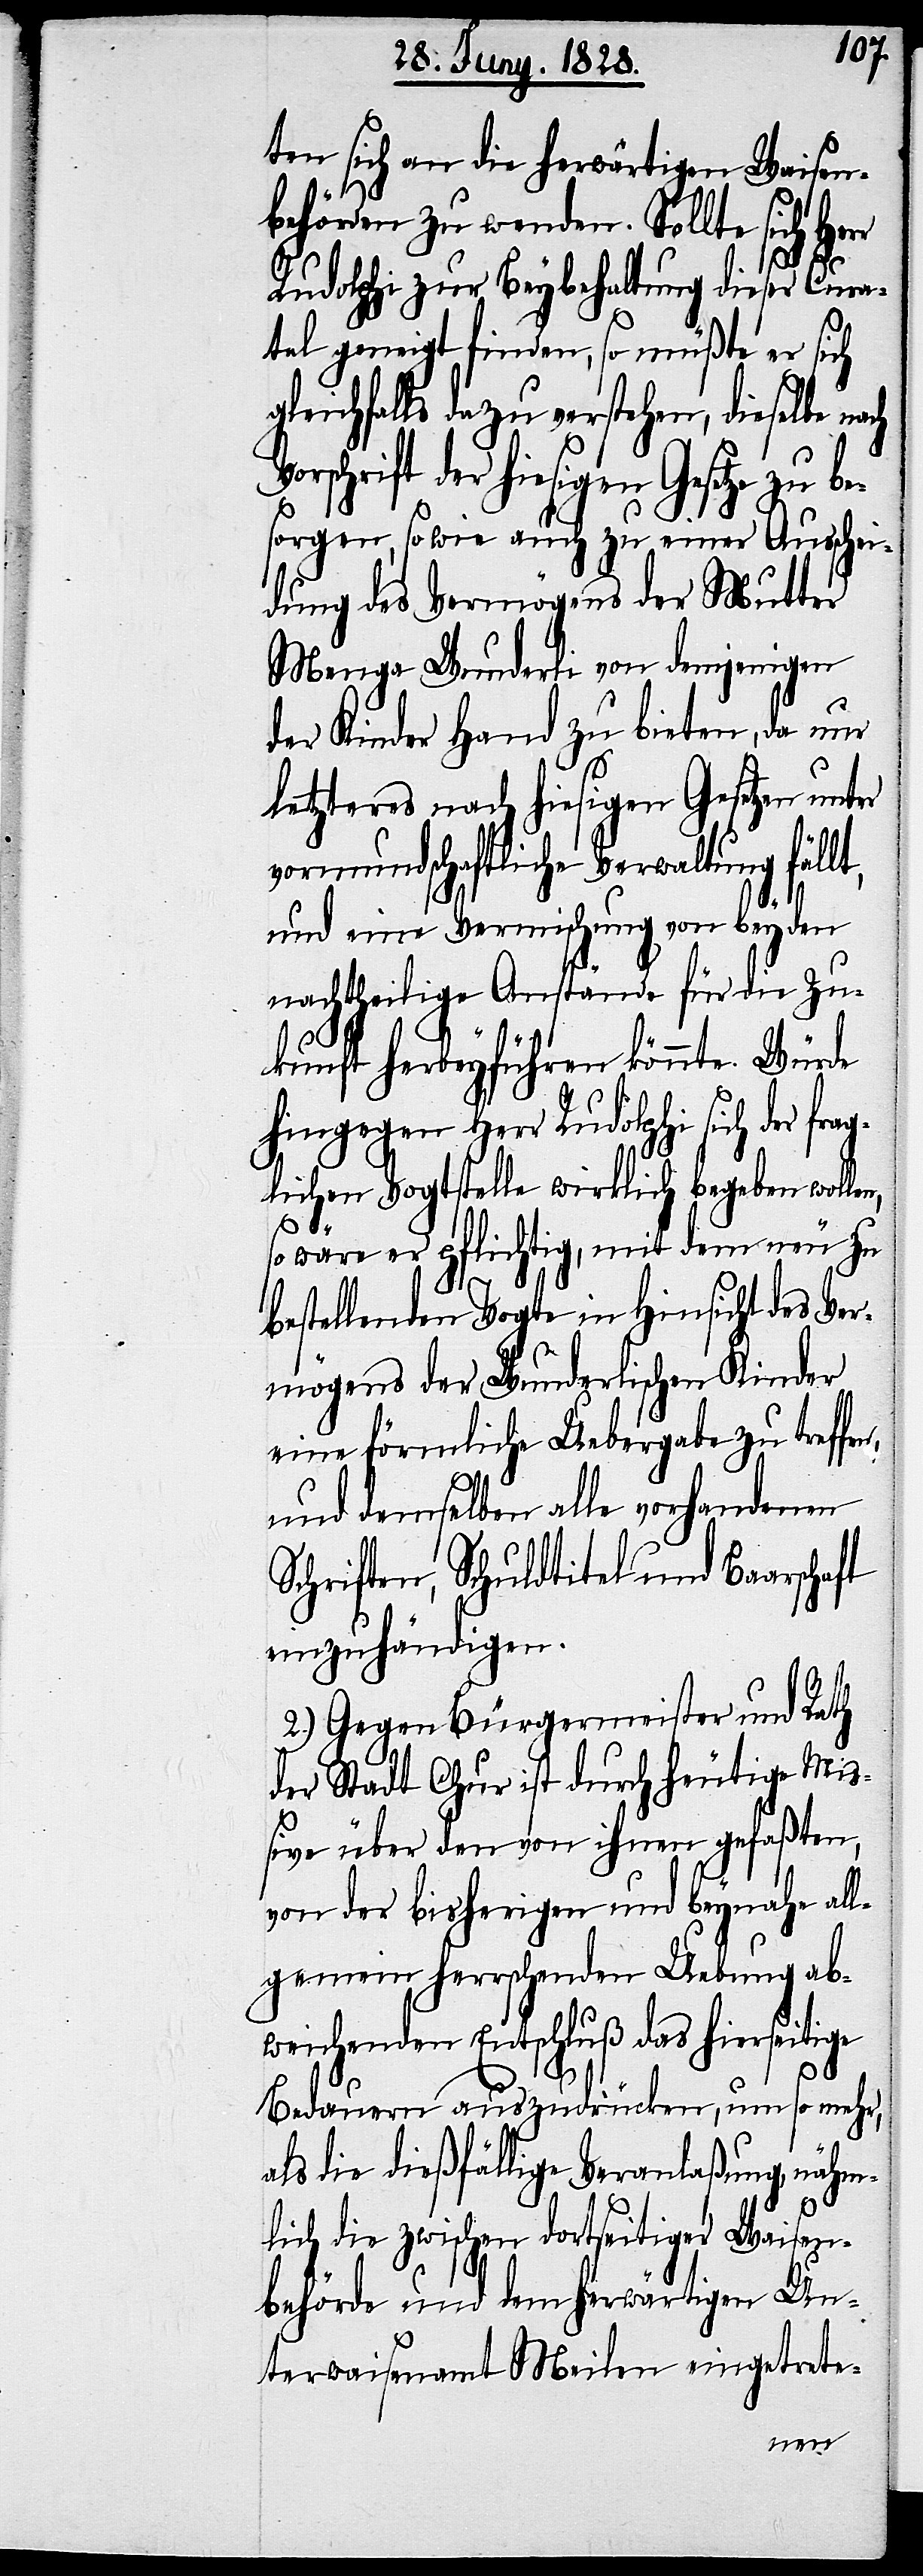
ten sich an die herwärtigen Waisen¬
behörden zu wenden. Sollte sich Her¬
Rudolphi zur Beybehaltung dieser Cura¬
tel geneigt finden, so müßte er sich
gleichfalls dazu verstehen, dieselbe na¬
rschrift der hiesigen Gesetze zu b¬
esorgen, so wie auch zu einer Ausschei¬
dung des Vermögens der Mutter
Menga Wunderli von demjenigen
der Kinder Hand zu bieten, da nur
letzteres nach hiesigen Gesetzen unter
vormundschaftliche Verwaltung fällt,
n,
und eine Vermischung von beyden
nachtheilige Anstände für die Zu¬
kunft herbeyführen könnte. Würde
hingegen Herr Rudolphi sich der fra¬
glichen Vogtstelle wirklich begeben wolle¬
ige
so wäre er pflichtig, mit dem neu zu
bestellenden Vogte in Hinsicht des Ver¬
mögens der Wunderlischen Kinder
eine förmliche Uebergabe zu treffe¬
und demselben alle vorhandenen
Schriften, Schuldtitel und Baarschaft
einzuhändigen.
2.) Gegen Bürgermeister und Rath
der Stadt Chur ist durch heutige Mi¬
ßive über den von ihnen gefaßten,
von der bisherigen und beynahe all¬
gemein herrschenden Uebung ab¬
weichenden Entschluß das hierseit¬
Bedauern auszudrücken, um so mehr,
als die dießfällige Veranlaßung, nähm¬
lich die zwischen dortseitiger Waisen¬
behörde und dem herwärtigen Un¬
terwaisenamt Meilen eingetrete-